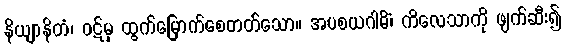
နိယျာနိတံ၊ ဝဋ်မှ ထွက်မြောက်စေတတ်သော။ အပစယဂါမိံ၊ ကိလေသာကို ဖျက်ဆီး၍